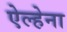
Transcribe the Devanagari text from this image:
ऐल्हेना